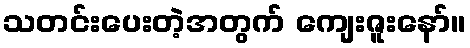
သတင်းပေးတဲ့အတွက် ကျေးဇူးနော်။